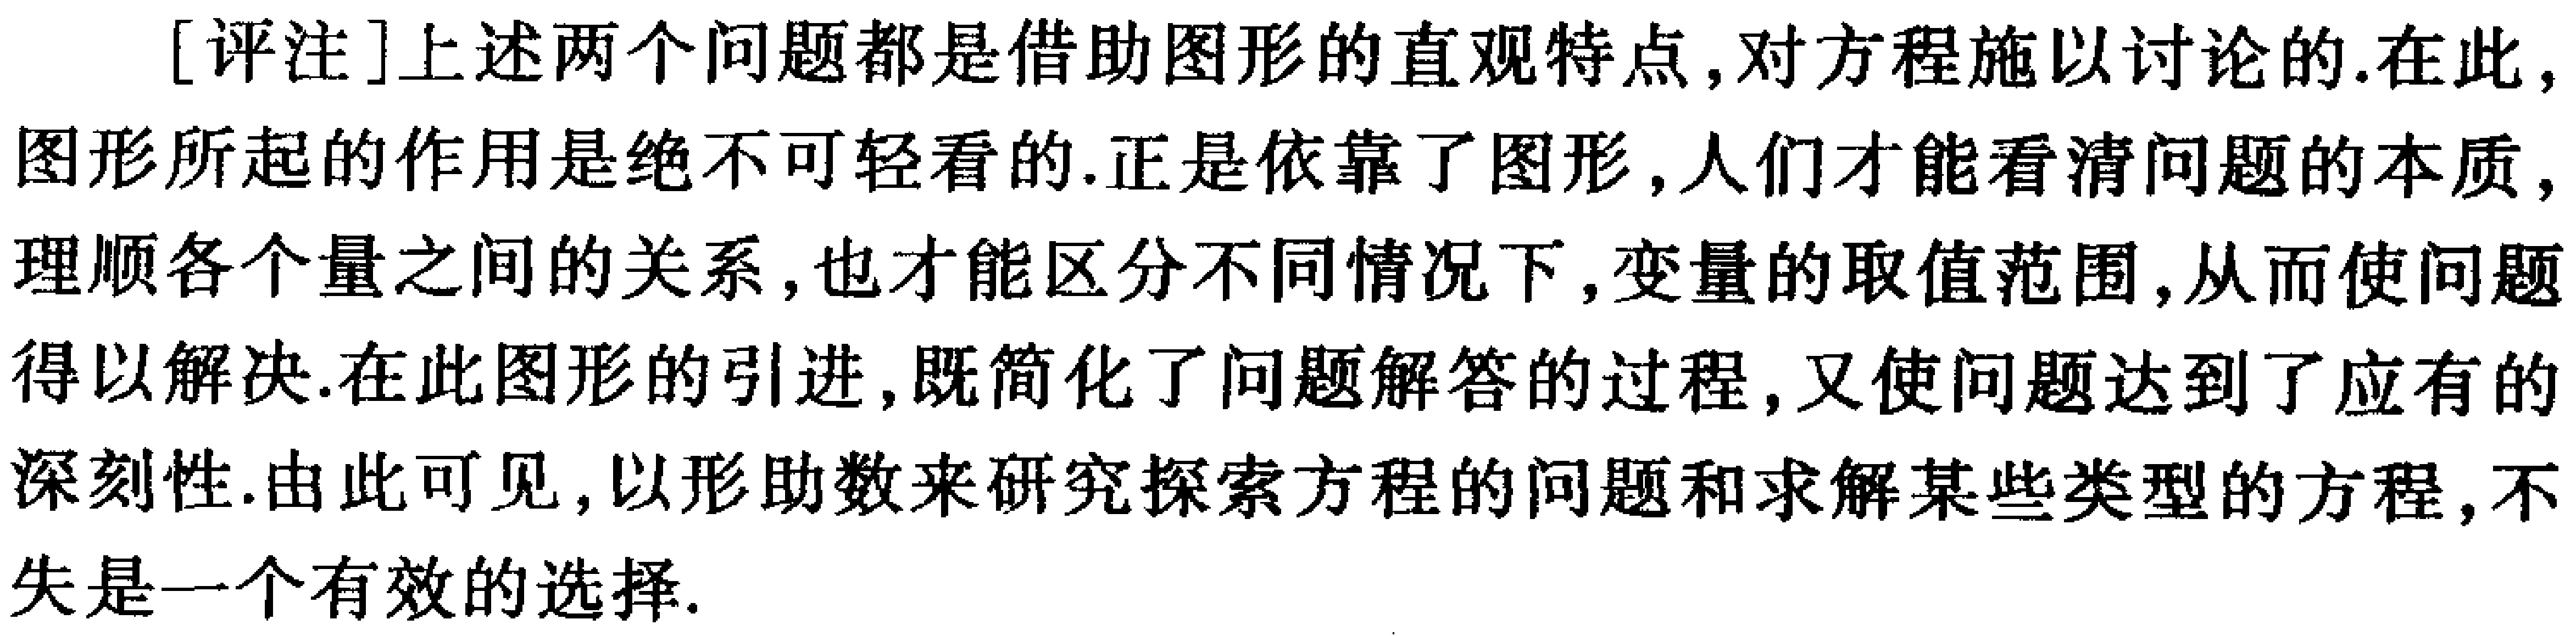
[评注]上述两个问题都是借助图形的直观特点,对方程施以讨论的.在此,图形所起的作用是绝不可轻看的.正是依靠了图形,人们才能看清问题的本质,理顺各个量之间的关系,也才能区分不同情况下,变量的取值范围,从而使问题得以解决.在此图形的引进,既简化了问题解答的过程,又使问题达到了应有的深刻性.由此可见,以形助数来研究探索方程的问题和求解某些类型的方程,不失是一个有效的选择.